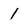
Character: 1